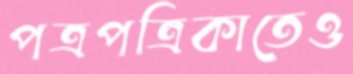
পত্রপত্রিকাতেও